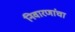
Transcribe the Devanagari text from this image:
निवारणांचा